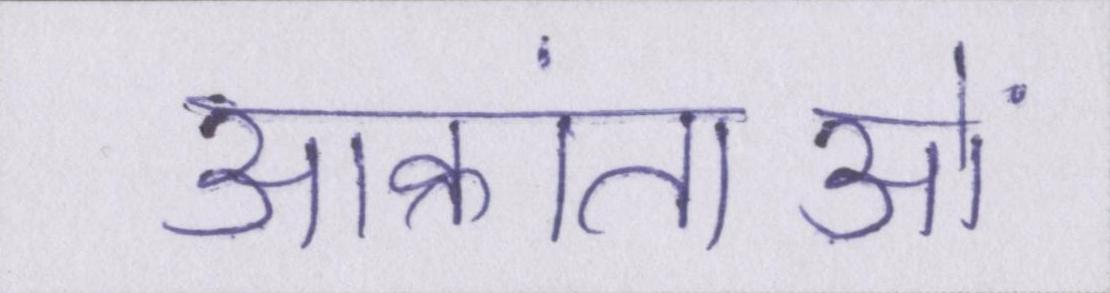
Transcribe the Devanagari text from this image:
आक्रांताओं